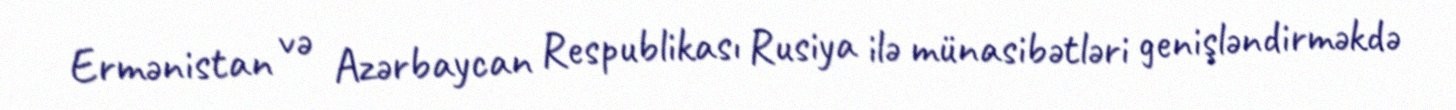
Ermənistan və Azərbaycan Respublikası Rusiya ilə münasibətləri genişləndirməkdə